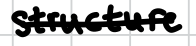
Text: structure
Cross-out: single-line
Writing tool: digital_black